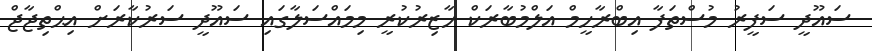
ސައޫދީ ސަފީރު މުސްތަފާ އިބްރާހީމް އަލްމުބާރަކް ހާޒިރުކުރީ މިމައްސަލާގައި ސައޫދީ ސަރުކާރަށް އިޙްތިޖާޖް